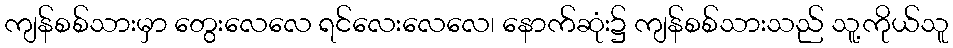
ကျန်စစ်သားမှာ တွေးလေလေ ရင်လေးလေလေ၊ နောက်ဆုံး၌ ကျန်စစ်သားသည် သူ့ကိုယ်သူ